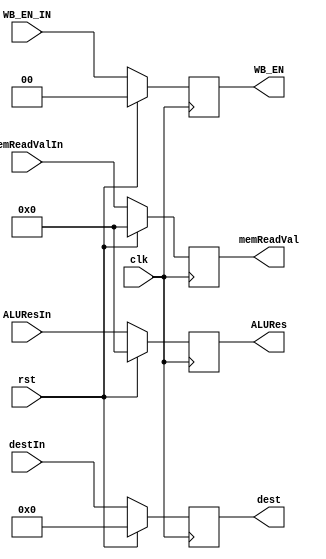
module MEM2WB (clk, rst, WB_EN_IN, ALUResIn, memReadValIn, destIn,
                         WB_EN,    ALURes,   memReadVal,   dest);
  input clk, rst;

  input [1:0] WB_EN_IN;
  input [4:0] destIn;
  input [31:0] ALUResIn, memReadValIn;

  output reg [1:0]WB_EN;
  output reg [4:0] dest;
  output reg [31:0] ALURes, memReadVal;

  always @ (posedge clk) begin
    if (rst) begin
      {WB_EN, dest, ALURes, memReadVal} <= 0;
    end
    else begin
      WB_EN <= WB_EN_IN;
      dest <= destIn;
      ALURes <= ALUResIn;
      memReadVal <= memReadValIn;
    end
  end
endmodule // MEM2WB